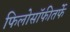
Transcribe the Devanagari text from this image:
फिलोसॉफीतर्फे